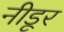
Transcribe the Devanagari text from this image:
नीडूर